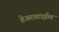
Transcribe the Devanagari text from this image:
हेअरस्टाईल